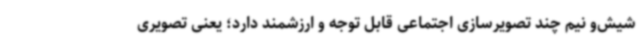
شیش‌و نیم چند تصویرسازی اجتماعی قابل توجه و ارزشمند دارد؛ یعنی تصویری